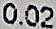
0.02